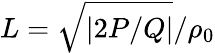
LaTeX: L=\sqrt{|2P/Q|}/\rho_{0}